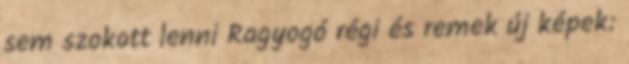
sem szokott lenni Ragyogó régi és remek új képek: